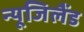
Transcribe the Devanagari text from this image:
न्यूजिलैंड